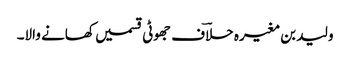
ولید بن مغیرہ حلاؔف جھوٹی قسمیں کھانے والا۔